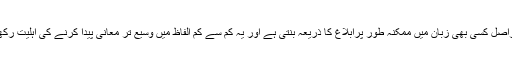
تشبیہ دراصل کسی بھی زبان میں ممکنہ طور پرابلاغ کا ذریعہ بنتی ہے اور یہ کم سے کم الفاظ میں وسیع تر معانی پیدا کرنے کی اہلیت رکھتی ہے۔